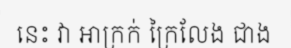
នេះ វា អាក្រក់ ក្រៃលែង ជាង